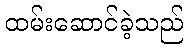
ထမ်းဆောင်ခဲ့သည်